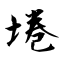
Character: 埢